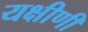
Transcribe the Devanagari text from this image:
यक्षीणी